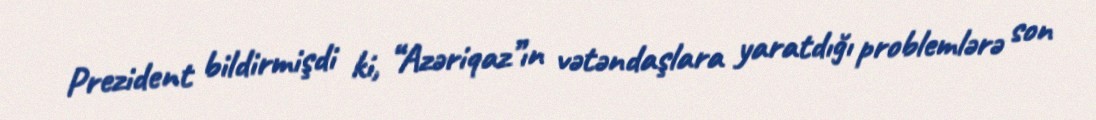
Prezident bildirmişdi ki, “Azəriqaz”ın vətəndaşlara yaratdığı problemlərə son